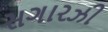
સગારઝી